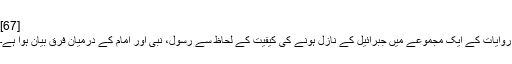
[67]
روایات کے ایک مجموعے میں جبرائیل کے نازل ہونے کی کیفیت کے لحاظ سے رسول، نبی اور امام کے درمیان فرق بیان ہوا ہے۔